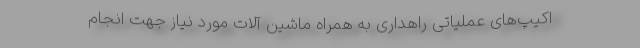
اکیپ‌های عملیاتی راهداری به همراه ماشین آلات مورد نیاز جهت انجام